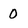
Character: 0